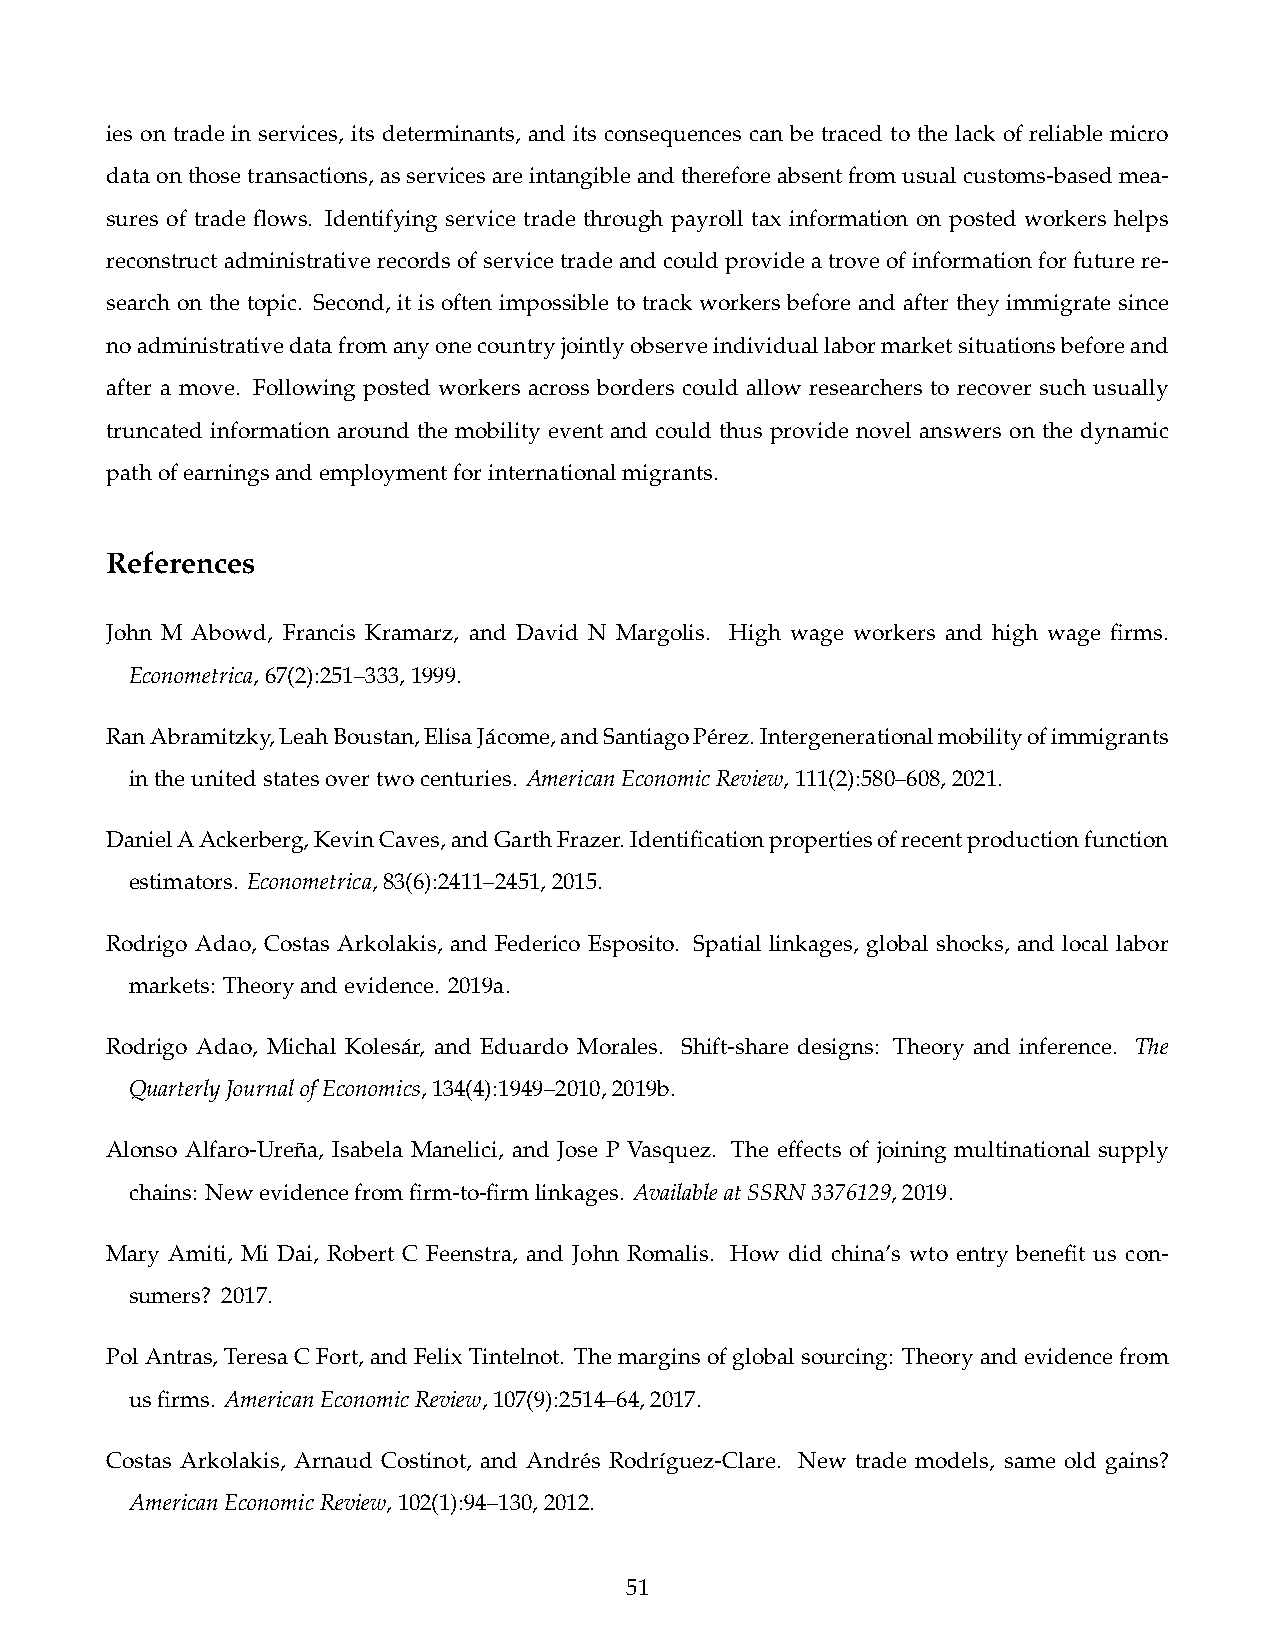
ies on trade in services, its determinants, and its consequences can be traced to the lack of reliable micro
 dataonthosetransactions,asservicesareintangibleandthereforeabsentfromusualcustoms-basedmea-
 sures of trade flows. Identifying service trade through payroll tax information on posted workers helps
 reconstructadministrativerecordsofservicetradeandcouldprovideatroveofinformationforfuturere-
 search on the topic. Second, it is often impossible to track workers before and after they immigrate since
 noadministrativedatafromanyonecountryjointlyobserveindividuallabormarketsituationsbeforeand
 after a move. Following posted workers across borders could allow researchers to recover such usually
 truncated information around the mobility event and could thus provide novel answers on the dynamic
 pathofearningsandemploymentforinternationalmigrants.
 References
 John M Abowd, Francis Kramarz, and David N Margolis. High wage workers and high wage firms.
 Econometrica,67(2):251–333,1999.
 RanAbramitzky,LeahBoustan,ElisaJácome,andSantiagoPérez.Intergenerationalmobilityofimmigrants
 intheunitedstatesovertwocenturies. AmericanEconomicReview,111(2):580–608,2021.
 DanielAAckerberg,KevinCaves,andGarthFrazer.Identificationpropertiesofrecentproductionfunction
 estimators. Econometrica,83(6):2411–2451,2015.
 Rodrigo Adao, Costas Arkolakis, and Federico Esposito. Spatial linkages, global shocks, and local labor
 markets: Theoryandevidence. 2019a.
 Rodrigo Adao, Michal Kolesár, and Eduardo Morales. Shift-share designs: Theory and inference. The
 QuarterlyJournalofEconomics,134(4):1949–2010,2019b.
 Alonso Alfaro-Ureña, Isabela Manelici, and Jose P Vasquez. The effects of joining multinational supply
 chains: Newevidencefromfirm-to-firmlinkages. AvailableatSSRN3376129,2019.
 Mary Amiti, Mi Dai, Robert C Feenstra, and John Romalis. How did china’s wto entry benefit us con-
 sumers? 2017.
 PolAntras,TeresaCFort,andFelixTintelnot. Themarginsofglobalsourcing: Theoryandevidencefrom
 usfirms. AmericanEconomicReview,107(9):2514–64,2017.
 Costas Arkolakis, Arnaud Costinot, and Andrés Rodríguez-Clare. New trade models, same old gains?
 AmericanEconomicReview,102(1):94–130,2012.
 51